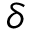
\delta